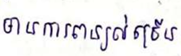
មានការពន្យល់ច្រើន